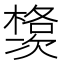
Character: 𱤗